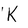
Character: K